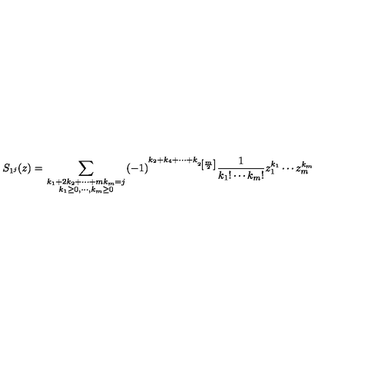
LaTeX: S _ { 1 ^ { j } } ( z ) = \sum _ { { \scriptstyle k _ { 1 } + 2 k _ { 2 } + \cdots + m k _ { m } = j } \atop { \scriptstyle k _ { 1 } \geq 0 , \cdots , k _ { m } \geq 0 } } ( - 1 ) ^ { k _ { 2 } + k _ { 4 } + \cdots + k _ { 2 \left[ \frac m 2 \right] } } \frac 1 { k _ { 1 } ! \cdots k _ { m } ! } z _ { 1 } ^ { k _ { 1 } } \cdots z _ { m } ^ { k _ { m } }